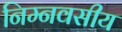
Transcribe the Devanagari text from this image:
निम्नवसीय